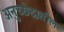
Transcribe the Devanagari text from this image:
अनुच्छेदातील